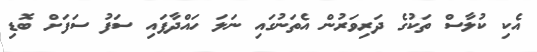
އެކި ކުލާސް ތަކުގެ ދަރިވަރުން އެތަނުގައި ނަލަ ހައްދާފައި ސަފު ސަފަށް ބޮޑި